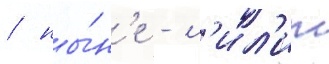
/ ны́н'е - л'ил'ит